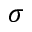
\sigma